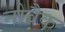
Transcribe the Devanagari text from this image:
नोवैक